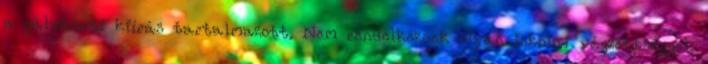
a pályázati kiírás tartalmazott. Nem rendelkeznek olyan iskolai végzettséggel,